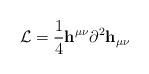
LaTeX: \begin{align*}{\cal L} ={1 \over 4} {\bf h}^{\mu \nu} \partial^2 {\bf h}_{\mu \nu}\end{align*}